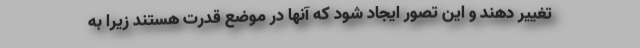
تغییر دهند و این تصور ایجاد شود که آنها در موضع قدرت هستند زیرا به